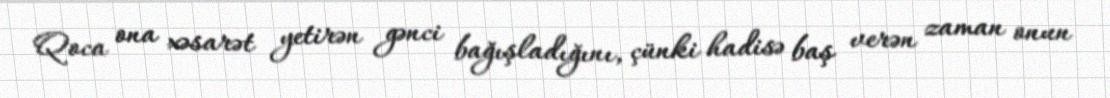
Qoca ona xəsarət yetirən gənci bağışladığını, çünki hadisə baş verən zaman onun